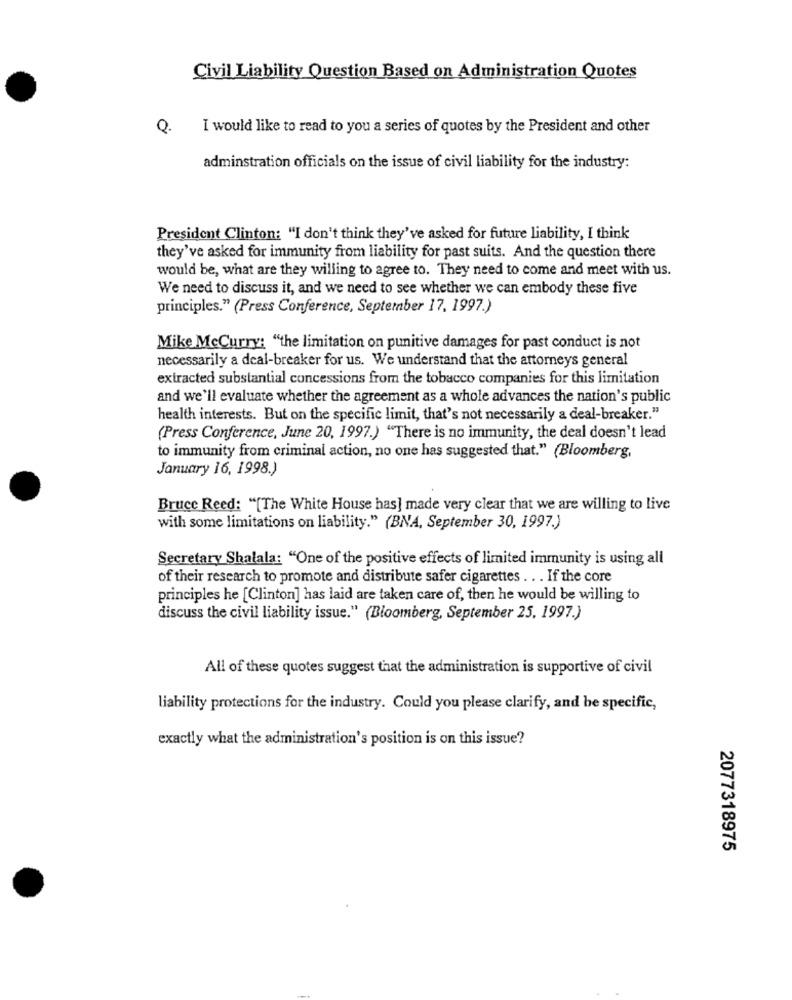
Civil Liability Question Based on Administration Quotes
Q.
I would like to read to you a series of quotes by the President and other
adminstration officials on the issue of civil liability for the industry:
President Clinton: "I don't think they've asked for future liability, I think
they've asked for immunity from liability for past suits. And the question there
would be, what are they willing to agree to. They need to come and meet with us.
We need to discuss it, and we need to see whether we can embody these five
principles." (Press Conference, September 17, 1997.)
Mike McCurry: "the limitation on punitive damages for past conduct is not
necessarily a deal-breaker for us. We understand that the attorneys general
extracted substantial concessions from the tobacco companies for this limitation
and we'll evaluate whether the agreement as a whole advances the nation's public
health interests. But on the specific limit, that's not necessarily a deal-breaker."
(Press Conference, June 20, 1997.) "There is no immunity, the deal doesn't lead
to immunity from criminal action, no one has suggested that." (Bloomberg,
January 16, 1998.)
Bruce Reed: "[The White House has] made very clear that we are willing to live
with some limitations on liability." (BNA, September 30, 1997.)
Secretary Shalala: "One of the positive effects of limited immunity is using all
of their research to promote and distribute safer cigarettes . . . If the core
principles he [Clinton] has laid are taken care of, then he would be willing to
discuss the civil liability issue." (Bloomberg, September 25, 1997.)
All of these quotes suggest that the administration is supportive of civil
liability protections for the industry. Could you please clarify, and he specific,
exactly what the administration's position is on this issue?
2077318975